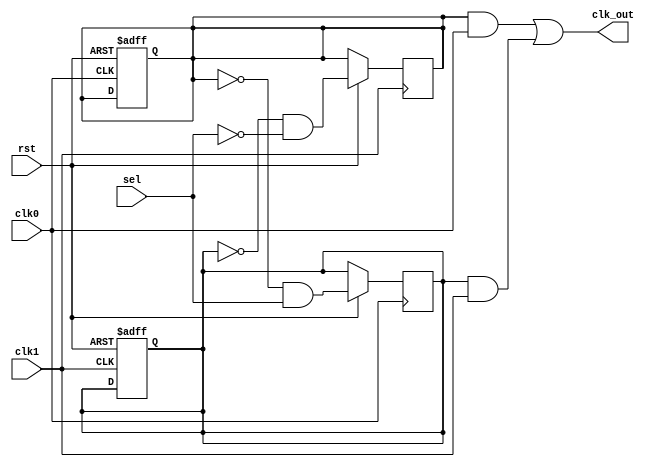
`timescale 1ns/1ns

module huawei6(
	input wire clk0  ,
	input wire clk1  ,
	input wire rst  ,
	input wire sel ,
	output wire clk_out
);
//*************code***********//
reg sel0, sel1;

always @(negedge clk0 or negedge rst) begin
    if(!rst) sel0 <= 0;
    else sel1 <= !sel0 & sel;
end

always @(negedge clk1 or negedge rst) begin
    if(!rst) sel1 <= 0;
    else sel0 <= !sel1 & !sel;
end

assign clk_out = (sel0 & clk0) | (sel1 & clk1);

//*************code***********//
endmodule